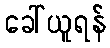
ခေါ်ယူရန်